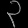
Digit: ၃